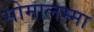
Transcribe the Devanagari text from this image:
सोमालम्मा